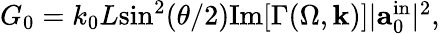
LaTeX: \begin{array}{r}{G_{0}=k_{0}L\mathrm{sin}^{2}(\theta/2)\mathrm{Im}[\Gamma(\Omega,\mathbf{k})]|\mathbf{a}_{0}^{\mathrm{in}}|^{2},}\end{array}